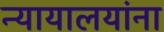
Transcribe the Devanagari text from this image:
न्यायालयांना